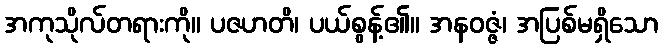
အကုသိုလ်တရားကို။ ပဇဟတိ၊ ပယ်စွန့်၏။ အနဝဇ္ဇံ၊ အပြစ်မရှိသော